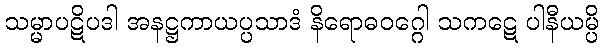
သမ္မာပဋိပဒါ အနဋ္ဌကာယပ္ပသာဒံ နိရောဓဝဂ္ဂေါ သကဋေ ပါနီယမ္ပိ